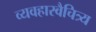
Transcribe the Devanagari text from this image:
व्यवहारवैचित्र्य